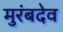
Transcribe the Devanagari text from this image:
मुरंबदेव